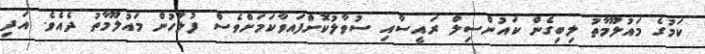
ކަމުގެ މައުލޫމާތު ލިބިގެން ކައުންސިލް ރައީސާއި ސުވާލުކޮށްފައވާކަމަށްވެސް ފުލުހުން މައުލޫމާތު ދެެއެވެ. އަދި